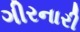
ગીરનારી